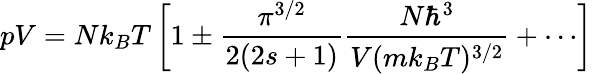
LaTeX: pV=Nk_{B}T\left[1\pm{\frac{\pi^{3/2}}{2(2s+1)}}{\frac{N\hbar^{3}}{V(mk_{B}T)^{3/2}}}+\cdots\right]